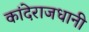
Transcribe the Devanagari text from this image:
कांदेराजधानी